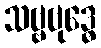
သဗ္ဗဗုဒ္ဓေ